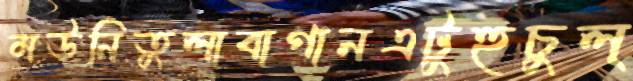
মউনিতুলাবাগানএটুহুচুল্